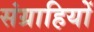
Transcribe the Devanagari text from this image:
संग्राहियों